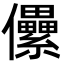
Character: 儽